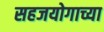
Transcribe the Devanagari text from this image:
सहजयोगाच्या